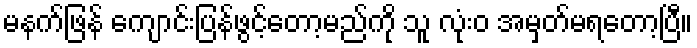
မနက်ဖြန် ကျောင်းပြန်ဖွင့်တော့မည်ကို သူ လုံးဝ အမှတ်မရတော့ပြီ။